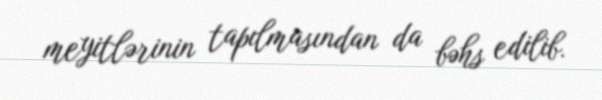
meyitlərinin tapılmasından da bəhs edilib.